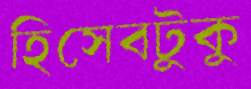
হিসেবটুকু